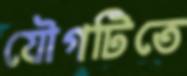
যৌগটিতে